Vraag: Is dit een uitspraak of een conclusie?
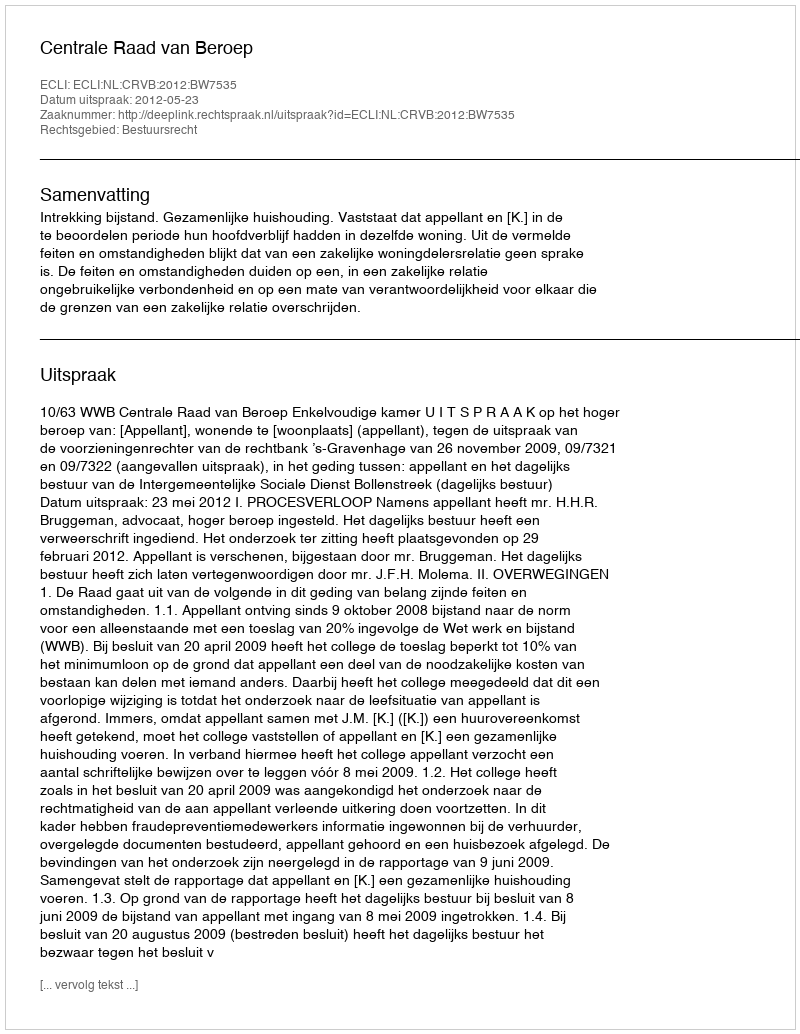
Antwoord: Uitspraak